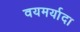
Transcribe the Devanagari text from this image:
वयमर्यादा